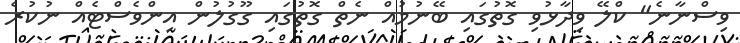
ވިސްނާނެ" ކްލޭ ވިދާޅުވި ގޮތުގައި ބޭނުމުއް ނެތް ގޮތުގައި ގޫގުލުން އިންވެސްޓެއް ނުކުރެ